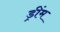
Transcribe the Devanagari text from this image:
ड्रींम